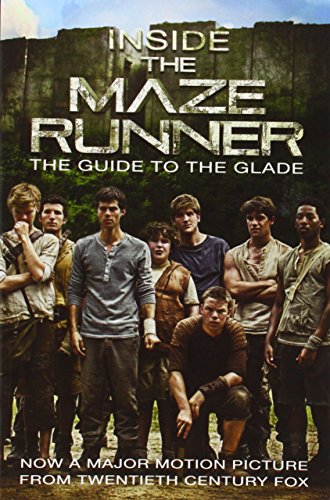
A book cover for Inside the Maze Runner: The Guide to the Glade; Random House; Teen & Young Adult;